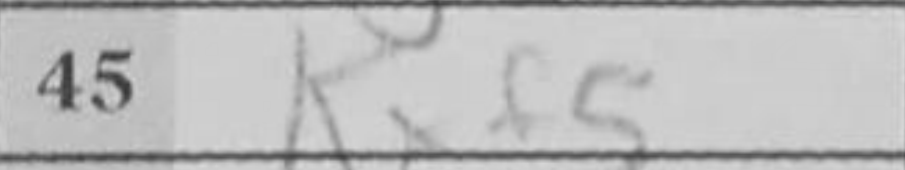
Transcription: Kxf5